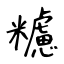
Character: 𥽜